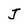
Character: J